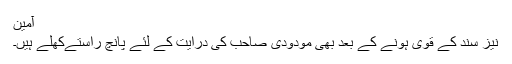
آمین
نیز سند کے قوی ہونے کے بعد بھی مودودی صاحب کی درایت کے لئے پانچ راستےکھلے ہیں۔